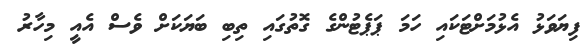
ފިޔަވަޅު އެޅުމަށްޓަކައި ހަމަ ޕަޕެޓުންގެ ގޮތުގައި ތިބި ބަޔަކަށް ވެސް އެއީ މިހާރު